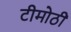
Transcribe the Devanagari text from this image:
टीमोठी